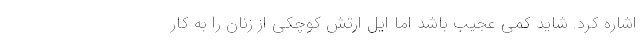
اشاره کرد. شاید کمی عجیب باشد اما ایل ارتش کوچکی از زنان را به کار